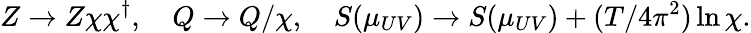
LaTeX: Z\to Z\chi\chi^{\dagger},\quad Q\to Q/\chi,\quad S(\mu_{UV})\to S(\mu_{UV})+(T/4\pi^{2})\ln\chi.